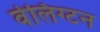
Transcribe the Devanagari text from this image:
वेलिग्टन